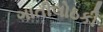
ગાતીલોઠકી